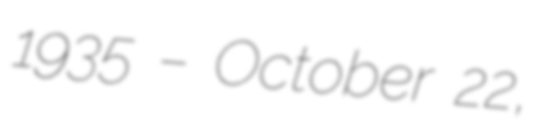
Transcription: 1935 – October 22,